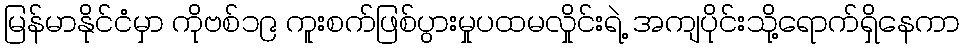
မြန်မာနိုင်ငံမှာ ကိုဗစ်၁၉ ကူးစက်ဖြစ်ပွားမှုပထမလှိုင်းရဲ့ အကျပိုင်းသို့ရောက်ရှိနေကာ